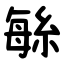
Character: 䋣